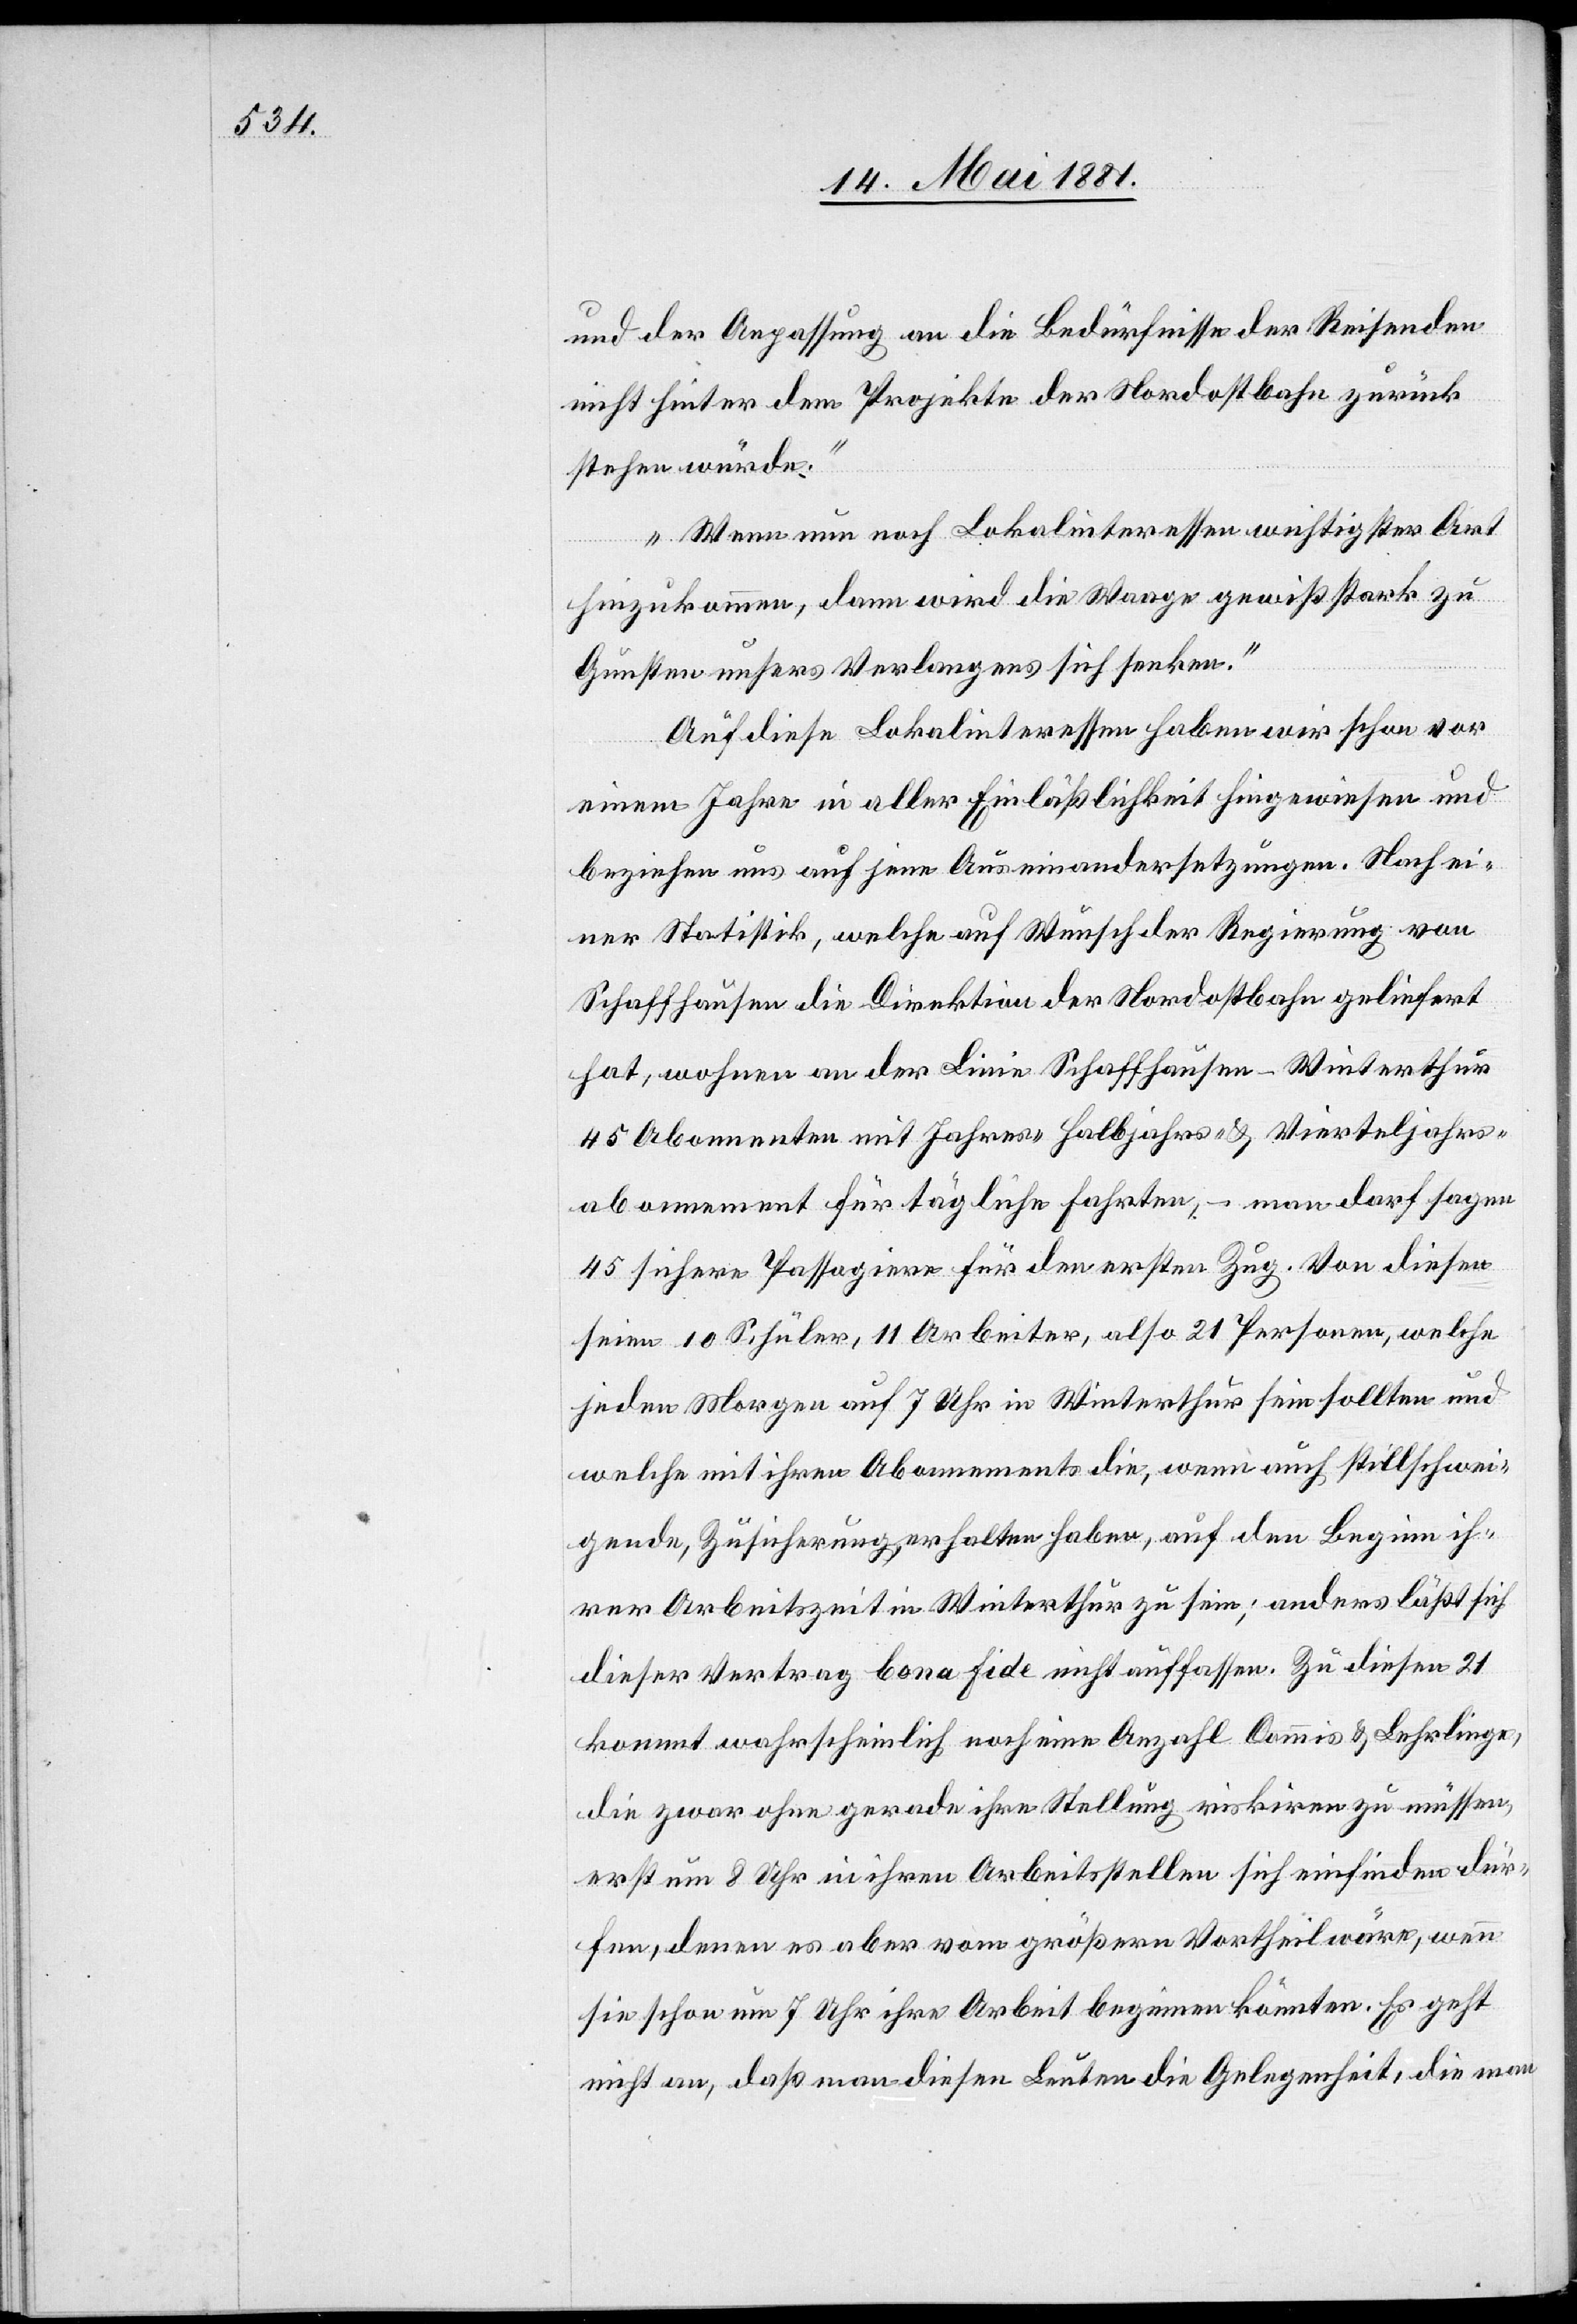
und der Anpassung an die Bedürfnisse der Reisenden
nicht hinter dem Projekte der Nordostbahn zurück
stehen würde.
Wenn nun noch Lokalinteressen wichtiger Art
hinzukommen, dann wird die Waage gewiß stark zu
Gunsten unsers Verlangens sich senken.
Auf diese Lokalinteressen haben wir schon vor
einem Jahr in aller Einläßlichkeit hingewiesen und
beziehen uns auf jene Auseinandersetzungen. Nach ei¬
ner Statistik, welche auf Wunsch der Regierung von
Schaffhausen die Direktion der Nordostbahn geliefert
hat, wohnen an der Linie Schaffhausen–Winterthur
45 Abonnenten mit Jahres-[,] Halbjahres- & Vierteljahres¬
abonnement für tägliche Fahrten, – man darf sagen
45 sichere Passagiere für den ersten Zug. Von diesen
seien 10 Schüler, 11 Arbeiter, also 21 Personen, welche
jeden Morgen auf 7 Uhr in Winterthur sein sollten und
welche mit ihren Abonnements die, wenn auch stillschwei¬
gende, Zusicherung erhalten haben, auf den Beginn ih¬
rer Arbeitszeit in Winterthur zu sein; anders läßt sich
dieser Vertrag bona fide nicht auffassen. Zu diesen 21
kommt wahrscheinlich noch eine Anzahl Commis & Lehrlinge,
die zwar ohne gerade ihre Stellung riskiren zu müssen,
erst um 8 Uhr in ihren Arbeitsstellen sich einfinden dür¬
fen, denen es aber vom größern Vortheil wäre, wenn
sie schon um 7 Uhr ihre Arbeit beginnen könnten. Es geht
nicht an, daß man diesen Leuten die Gelegenheit, die man